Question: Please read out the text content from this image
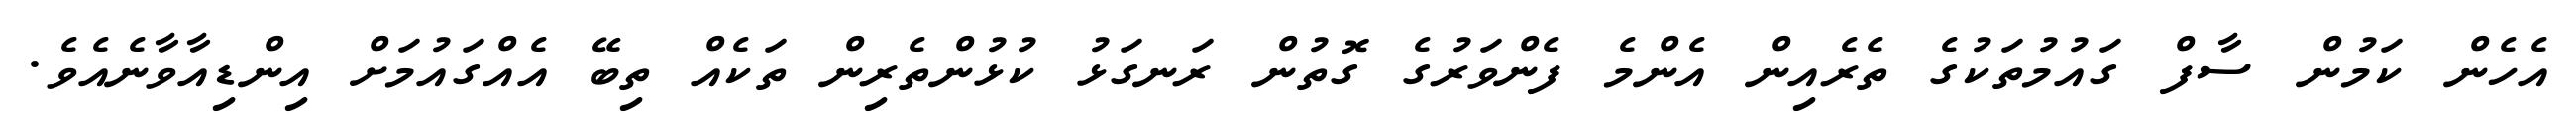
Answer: އެހެން ކަމުން ސާފް ގައުމުތަކުގެ ތެރެއިން އެންމެ ފެންވަރުގެ ގޮތުން ރަނގަޅު ކުޅުންތެރިން ތަކެއް ތިބޭ އެއްގައުމަށް އިންޑިއާވާނެއެވެ.